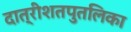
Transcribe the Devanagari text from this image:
दात्रीशतपुतलिका